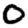
Digit: 0